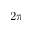
2 \pi